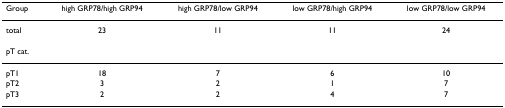
<table><thead><tr><td><b>Group</b></td><td><b>high GRP78/high GRP94</b></td><td><b>high GRP78/low GRP94</b></td><td><b>low GRP78/high GRP94</b></td><td><b>low GRP78/low GRP94</b></td></tr></thead><tbody><tr><td>total</td><td>23</td><td>11</td><td>11</td><td>24</td></tr><tr><td>pT cat.</td><td></td><td></td><td></td><td></td></tr><tr><td>pT1</td><td>18</td><td>7</td><td>6</td><td>10</td></tr><tr><td>pT2</td><td>3</td><td>2</td><td>1</td><td>7</td></tr><tr><td>pT3</td><td>2</td><td>2</td><td>4</td><td>7</td></tr></tbody></table>